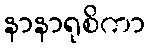
နာနာရုစိကာ